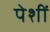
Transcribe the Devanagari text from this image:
पेशीं